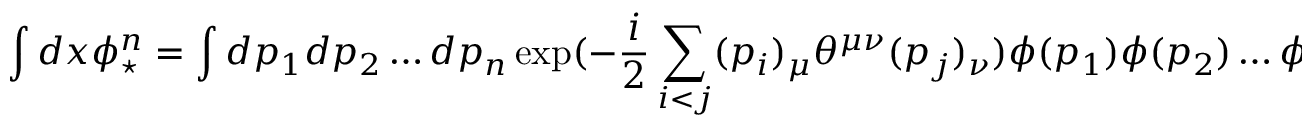
\int d x \phi _ { \star } ^ { n } = \int d p _ { 1 } d p _ { 2 } \ldots d p _ { n } \exp ( - \frac { i } { 2 } \sum _ { i < j } ( p _ { i } ) _ { \mu } \theta ^ { \mu \nu } ( p _ { j } ) _ { \nu } ) \phi ( p _ { 1 } ) \phi ( p _ { 2 } ) \ldots \phi ( p _ { n } ) \delta ( p _ { 1 } + p _ { 2 } + \ldots + p _ { n } )